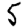
Digit: 5